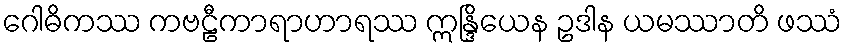
ဂေါဓိကဿ ကဗဠီကာရာဟာရဿ ဣန္ဒြိယေန ဥဒါန ယမဿာတိ ဖဿံ